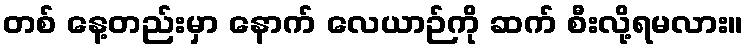
တစ် နေ့တည်းမှာ နောက် လေယာဉ်ကို ဆက် စီးလို့ရမလား။